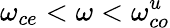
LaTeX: \omega_{ce}<\omega<\omega_{co}^{u}